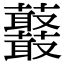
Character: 𧅞